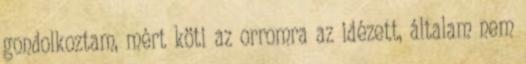
gondol­koz­tam, mért köti az orromra az idézett, általam nem